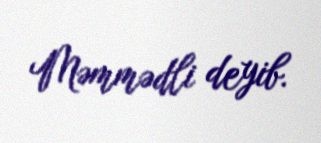
Məmmədli deyib.